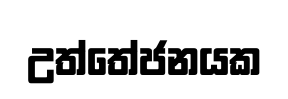
උත්තේජනයක